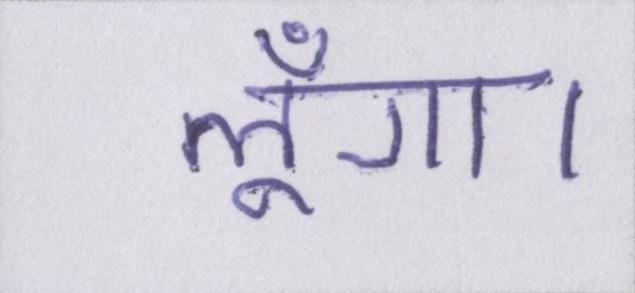
लूँगा।